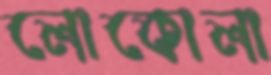
লোকোলা